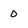
Character: 0